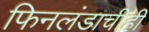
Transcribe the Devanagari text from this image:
फिनलंडाचीही